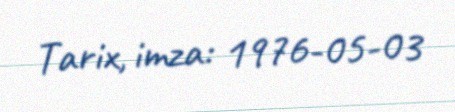
Tarix, imza: 1976-05-03